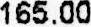
165.00